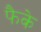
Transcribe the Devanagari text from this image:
फैके